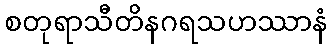
စတုရာသီတိနဂရသဟဿာနံ